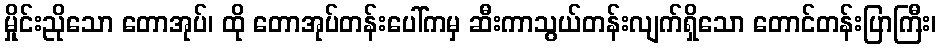
မှိုင်းညိုသော တောအုပ်၊ ထို တောအုပ်တန်းပေါ်ကမှ ဆီးကာသွယ်တန်းလျက်ရှိသော တောင်တန်းပြာကြီး၊